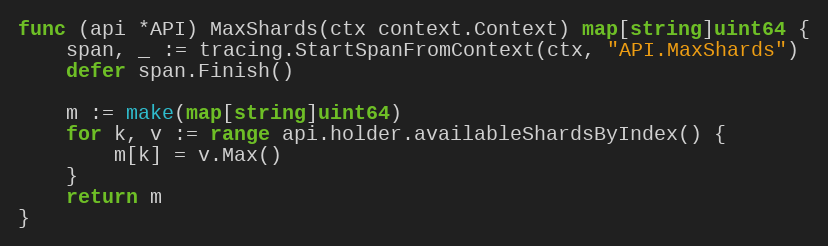
Language: Go
func (api *API) MaxShards(ctx context.Context) map[string]uint64 {
	span, _ := tracing.StartSpanFromContext(ctx, "API.MaxShards")
	defer span.Finish()

	m := make(map[string]uint64)
	for k, v := range api.holder.availableShardsByIndex() {
		m[k] = v.Max()
	}
	return m
}